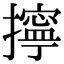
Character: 擰